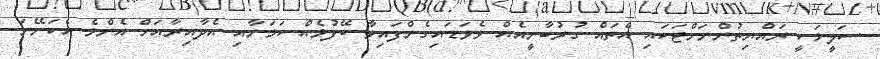
ސަލީމަކީ ރައްޔިތުންނަށްޓަކައި އެތައް ގުރުބާނީއެއް ވެވަޑައިގެންފައިވާ ބޭފުޅެއް ކަމަށާއި އެދާއިރާއަށް އެންމެ އެކަށޭނަ